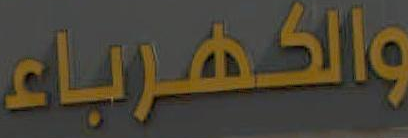
والكهرباء